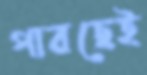
পারছেই